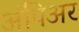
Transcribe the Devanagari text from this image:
अंपिअर